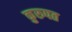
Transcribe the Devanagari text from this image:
कुरुपत